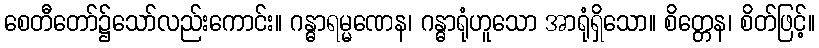
စေတီတော်၌သော်လည်းကောင်း။ ဂန္ဓာရမ္မဏေန၊ ဂန္ဓာရုံဟူသော အာရုံရှိသော။ စိတ္တေန၊ စိတ်ဖြင့်။